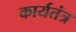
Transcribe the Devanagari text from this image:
कार्यतंत्र